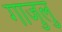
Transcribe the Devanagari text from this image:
गाजुलु